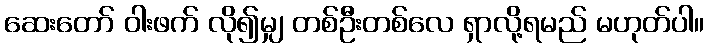
ဆေးတော် ဝါးဖက် လို၍မျှ တစ်ဦးတစ်လေ ရှာလို့ရမည် မဟုတ်ပါ။